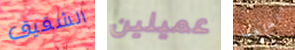
الشقيق عميلين الحاجب